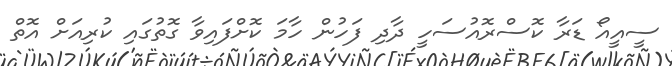
ސީއީއޯ ޑަރާ ކޮސްރޮއުސަހީ ދާދި ފަހުން ހާމަ ކޮށްފައިވާ ގޮތުގައި ކުރިއަށް އޮތް